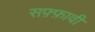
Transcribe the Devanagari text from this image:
सफ़्फ़ावी